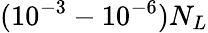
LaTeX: ({{10}^{-3}}-{{10}^{-6}}){{N}_{L}}